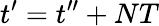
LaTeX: t^{\prime}=t^{\prime\prime}+NT